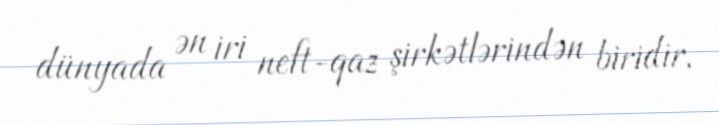
dünyada ən iri neft-qaz şirkətlərindən biridir.